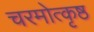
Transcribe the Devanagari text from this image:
चरमोत्कृष्ठ